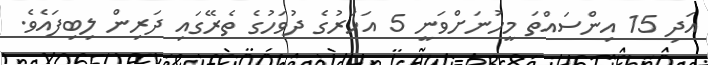
އަދި 15 އިންސައްތަ މީހުނަށްވަނީ 5 އަހަރުގެ ދުވަހުގެ ތެރޭގައި ދަރިން ލިބިފައެވެ.